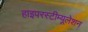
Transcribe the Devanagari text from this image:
हाइपरस्टीम्यूलेशन